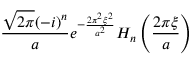
{ \frac { { \sqrt { 2 \pi } } ( - i ) ^ { n } } { a } } e ^ { - { \frac { 2 \pi ^ { 2 } \xi ^ { 2 } } { a ^ { 2 } } } } H _ { n } \left( { \frac { 2 \pi \xi } { a } } \right)